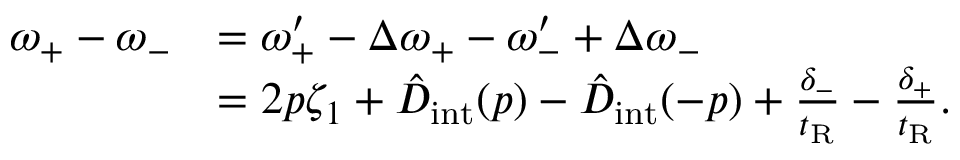
\begin{array} { r l } { \omega _ { + } - \omega _ { - } } & { = \omega _ { + } ^ { \prime } - \Delta \omega _ { + } - \omega _ { - } ^ { \prime } + \Delta \omega _ { - } } \\ & { = 2 p \zeta _ { 1 } + \hat { D } _ { \mathrm { i n t } } ( p ) - \hat { D } _ { \mathrm { i n t } } ( - p ) + \frac { \delta _ { - } } { t _ { \mathrm { R } } } - \frac { \delta _ { + } } { t _ { \mathrm { R } } } . } \end{array}